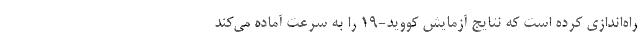
راه‌اندازی کرده‌ است که نتایج آزمایش کووید-۱۹ را به سرعت آماده می‌کند